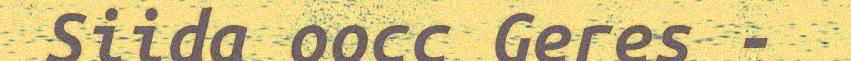
Siida oocc Geres -